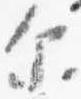
示